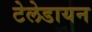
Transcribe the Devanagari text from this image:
टेलेडायन